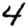
Digit: 4